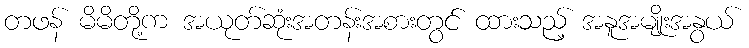
တဖန် မိမိတို့က အယုတ်ဆုံးအတန်းအစားတွင် ထားသည့် အနူအမျိုးအနွယ်